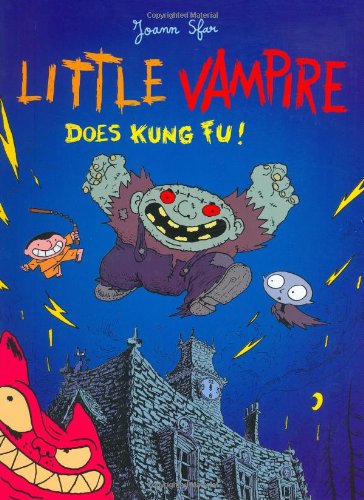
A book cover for Little Vampire Does Kung Fu!; Joann Sfar; Children's Books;